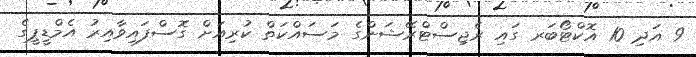
9 އަދި 10 އޮކްޓޯބަރ ގައި ރެޖިސްޓްރޭޝަންގެ މަސައްކަތް ކުރިއަށް ގޮސްފައިވާއިރު އެމްޑީޕީގެ